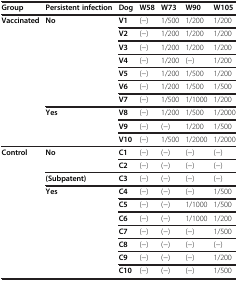
<table><thead><tr><td><b>Group</b></td><td><b>Persistent infection</b></td><td><b>Dog</b></td><td><b>W58</b></td><td><b>W73</b></td><td><b>W90</b></td><td><b>W105</b></td></tr></thead><tbody><tr><td rowspan="10"><b>Vaccinated</b></td><td rowspan="7"><b>No</b></td><td><b>V1</b></td><td>(-)</td><td>1/500</td><td>1/200</td><td>1/200</td></tr><tr><td><b>V2</b></td><td>(-)</td><td>1/200</td><td>1/200</td><td>1/200</td></tr><tr><td><b>V3</b></td><td>(-)</td><td>1/200</td><td>1/200</td><td>1/200</td></tr><tr><td><b>V4</b></td><td>(-)</td><td>1/200</td><td>(-)</td><td>1/200</td></tr><tr><td><b>V5</b></td><td>(-)</td><td>1/200</td><td>1/500</td><td>1/200</td></tr><tr><td><b>V6</b></td><td>(-)</td><td>1/200</td><td>1/500</td><td>1/500</td></tr><tr><td><b>V7</b></td><td>(-)</td><td>1/500</td><td>1/1000</td><td>1/200</td></tr><tr><td rowspan="3"><b>Yes</b></td><td><b>V8</b></td><td>(-)</td><td>1/200</td><td>1/500</td><td>1/2000</td></tr><tr><td><b>V9</b></td><td>(-)</td><td>(-)</td><td>1/200</td><td>1/500</td></tr><tr><td><b>V10</b></td><td>(-)</td><td>1/500</td><td>1/2000</td><td>1/2000</td></tr><tr><td rowspan="10"><b>Control</b></td><td rowspan="2"><b>No</b></td><td><b>C1</b></td><td>(-)</td><td>(-)</td><td>(-)</td><td>(-)</td></tr><tr><td><b>C2</b></td><td>(-)</td><td>(-)</td><td>(-)</td><td>(-)</td></tr><tr><td><b>(Subpatent)</b></td><td><b>C3</b></td><td>(-)</td><td>(-)</td><td>(-)</td><td>(-)</td></tr><tr><td rowspan="7"><b>Yes</b></td><td><b>C4</b></td><td>(-)</td><td>(-)</td><td>(-)</td><td>1/500</td></tr><tr><td><b>C5</b></td><td>(-)</td><td>(-)</td><td>1/1000</td><td>1/500</td></tr><tr><td><b>C6</b></td><td>(-)</td><td>(-)</td><td>1/1000</td><td>1/200</td></tr><tr><td><b>C7</b></td><td>(-)</td><td>(-)</td><td>(-)</td><td>1/500</td></tr><tr><td><b>C8</b></td><td>(-)</td><td>(-)</td><td>(-)</td><td>(-)</td></tr><tr><td><b>C9</b></td><td>(-)</td><td>(-)</td><td>(-)</td><td>1/200</td></tr><tr><td><b>C10</b></td><td>(-)</td><td>(-)</td><td>(-)</td><td>1/500</td></tr></tbody></table>